Punjab Mental Hospital Lahore 1922-31 - 1922-1931
Year: 1922
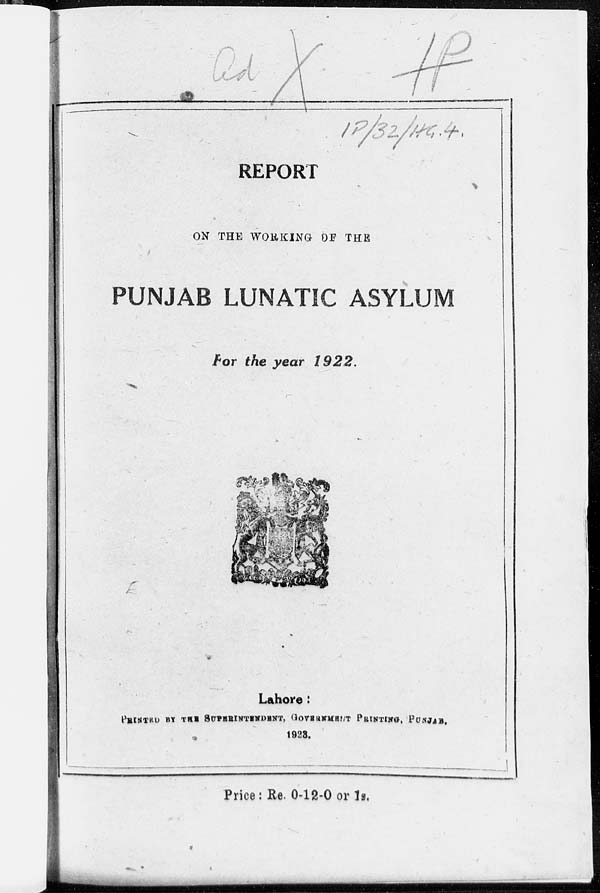
REPORT
ON THE WORKING OF THE
PUNJAB LUNATIC ASYLUM
For the year 1922.
Lahore :
PRINTED BY THE SUPERINTENDENT, GOVERNMENT PRINTING PUNJAB.
1923.
Price: Re. 0-12-0 or 1s.